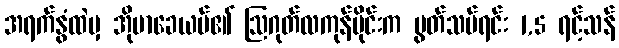
အရက်နွံထဲမှ အိုမာခေယမ်၏ ဩဂုတ်လကုန်ပိုင်းက ပွတ်သပ်ရင်း 1,5 ရင့်သန်